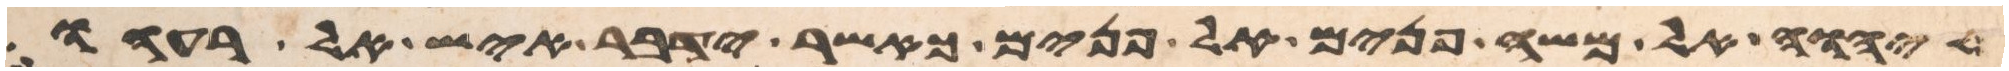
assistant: יהוה אל משה פנים אל פנים כאשר ידבר איש אל רעהו